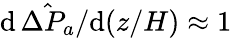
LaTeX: \mathrm{d}\, \hat{\Delta P_{a}}/\mathrm{d}(z/H)\approx 1